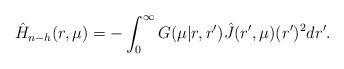
LaTeX: \begin{align*}\hat{H}_{n-h}(r, \mu) = - \int_0^\infty G(\mu| r, r^\prime)\hat{J}(r^\prime, \mu) (r^\prime)^2 dr^\prime.\end{align*}